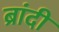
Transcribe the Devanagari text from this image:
ब्रांदी